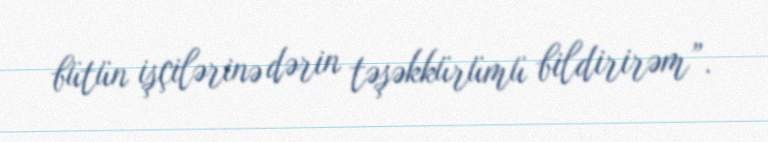
bütün işçilərinə dərin təşəkkürümü bildirirəm”.